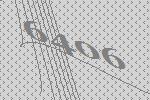
6406